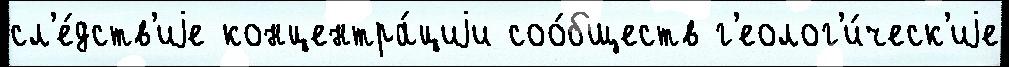
сл'е́дств'иjе концентра́циjи соо́бществ г'еолог'и́ческ'иjе